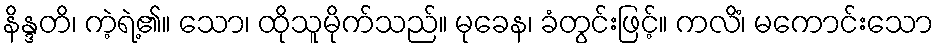
နိန္ဒတိ၊ ကဲ့ရဲ့၏။ သော၊ ထိုသူမိုက်သည်။ မုခေန၊ ခံတွင်းဖြင့်။ ကလိံ၊ မကောင်းသော